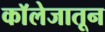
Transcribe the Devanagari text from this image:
काॅलेजातून